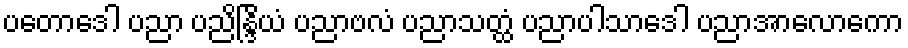
ပတောဒေါ ပညာ ပညိန္ဒြိယံ ပညာဗလံ ပညာသတ္ထံ ပညာပါသာဒေါ ပညာအာလောကော